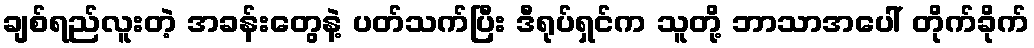
ချစ်ရည်လူးတဲ့ အခန်းတွေနဲ့ ပတ်သက်ပြီး ဒီရုပ်ရှင်က သူတို့ ဘာသာအပေါ် တိုက်ခိုက်